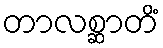
တာလစ္ဆာတိံ